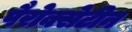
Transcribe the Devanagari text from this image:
पैरोक्सेटीन